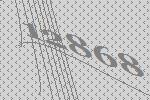
12868